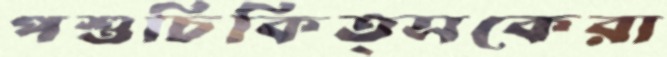
পশুচিকিত্সকেরা